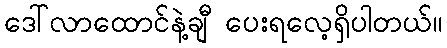
ဒေါ်လာထောင်နဲ့ချီ ပေးရလေ့ရှိပါတယ်။